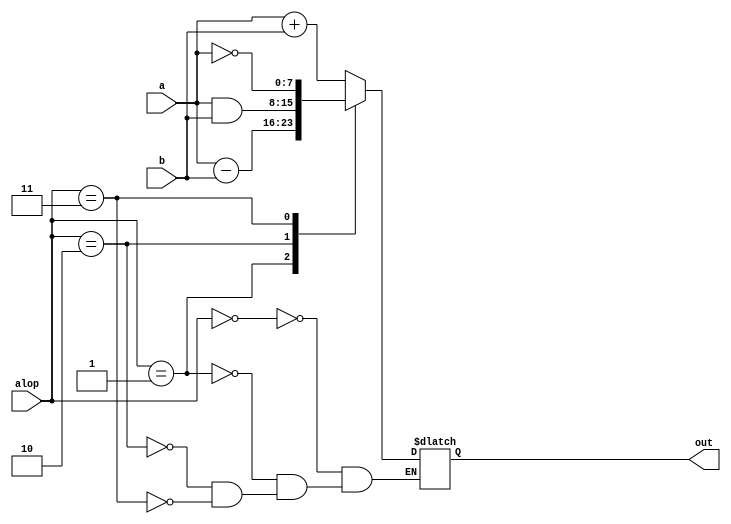
module ALU (a,b,alop,out);

    input [7:0]a,b;
    input [2:0]alop;
    output reg [7:0]out;

    always @(a,b,alop) begin
        case (alop)
            3'b000 : out = a + b; 
            3'b001 : out = a - b; 
            3'b010 : out = a & b; 
            3'b011 : out = ~a; 
        endcase
    end
    
endmodule